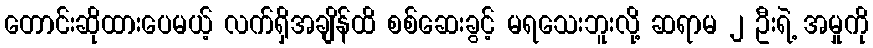
တောင်းဆိုထားပေမယ့် လက်ရှိအချိန်ထိ စစ်ဆေးခွင့် မရသေးဘူးလို့ ဆရာမ ၂ ဦးရဲ့ အမှုကို